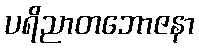
ပရိညာတဘောဇနာ